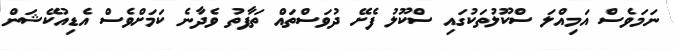
ނަމަވެސް އަމިއްލަ ސްކޫލުތަކުގައި ސްކޫލު ފެށޭ ދުވަސްތައް ތަފާތު ވެދާނެ ކަމަށްވެސް އެޑިއުކޭޝަން